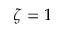
\zeta = 1